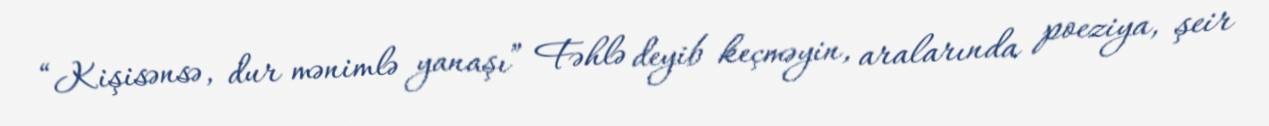
“Kişisənsə, dur mənimlə yanaşı” Fəhlə deyib keçməyin, aralarında poeziya, şeir